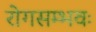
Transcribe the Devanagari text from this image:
रोगसम्भवः